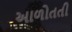
આળોતતી